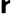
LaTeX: \boldsymbol{\mathsf{r}}